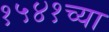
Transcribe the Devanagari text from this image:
१५४१च्या